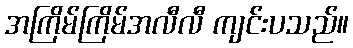
အကြိမ်ကြိမ်အလီလီ ကျင်းပသည်။